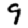
Digit: 9